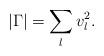
LaTeX: \begin{align*}|\Gamma| = \sum_l v_l^2. \end{align*}